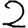
Digit: 2